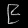
Digit: ၉